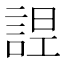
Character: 𧨤